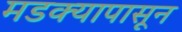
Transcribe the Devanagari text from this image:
मडक्यापासून